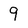
Character: 9